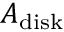
A _ { \mathrm { d i s k } }